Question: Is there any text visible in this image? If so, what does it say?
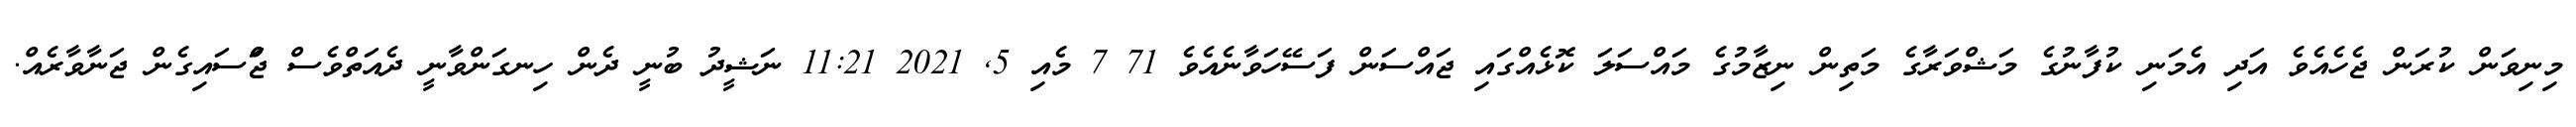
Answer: މިނިވަން ކުރަން ޖެހެއެވެ އަދި އެމަނި ކުފާނުގެ މަޝްވަރާގެ މަތިން ނިޒާމުގެ މައްސަލަ ކޮޅެއްގައި ޖައްސަން ފަސޭހަވާނެއެވެ 71 7 މެއި 5, 2021 11:21 ނަޝީދު ބުނީ ދެން ހިނގަންވާނީ ދެއަތްވެސް ޖަްްސައިގެން ޖަނާވާރެއް.